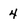
Character: 4